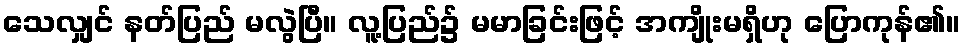
သေလျှင် နတ်ပြည် မလွဲပြီ။ လူ့ပြည်၌ မမာခြင်းဖြင့် အကျိုးမရှိဟု ပြောကုန်၏။